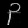
Digit: ၃